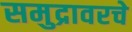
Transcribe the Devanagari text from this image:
समुद्रावरचे